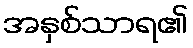
အနှစ်သာရ၏